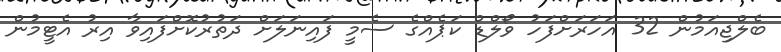
ބެލްޖިއަމުން 32 އަހަރަށްފަހު ވޯލްޑް ކަޕެއްގެ ސެމީ ފައިނަލަށް ދަތުރުކޮށްފައިވާ އިރު އެޓީމުން